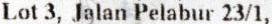
LOT 3, JALAN PELABUR 23/1,